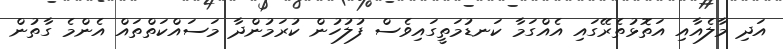
އަދި މާލެއާއި އަތޮޅުތެރޭގައި އެއްގަމާ ކަނޑުމަތީގައިވެސް ފުލުހުން ކުރަމުންދާ މަސައްކަތްތައް އެންމެ ގާތުން